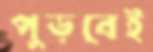
পুড়বেই